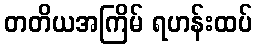
တတိယအကြိမ် ရဟန်းထပ်